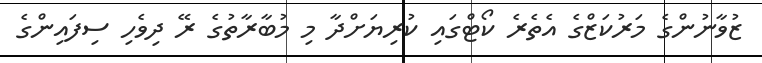
ޒުވާނުންގެ މަރުކަޒްގެ އެތެރެ ކޯޓްގައި ކުރިޔަށްދާ މި މުބާރާތުގެ ރޭ ދިވެހި ސިފައިންގެ